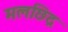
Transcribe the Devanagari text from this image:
मलछिद्र